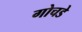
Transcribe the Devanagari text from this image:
गोचडे